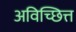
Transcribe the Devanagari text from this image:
अविच्छित्त